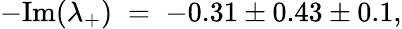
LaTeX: -\mathrm{Im}(\lambda_{+})\; =\; -0.31\pm 0.43\pm 0.1,